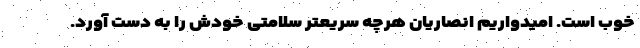
خوب است. امیدواریم انصاریان هرچه سریعتر سلامتی خودش را به دست آورد.